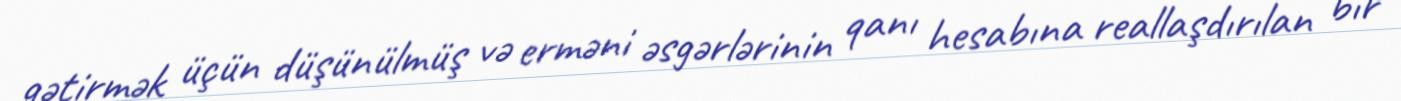
gətirmək üçün düşünülmüş və erməni əsgərlərinin qanı hesabına reallaşdırılan bir